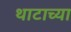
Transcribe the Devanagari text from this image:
थाटाच्या